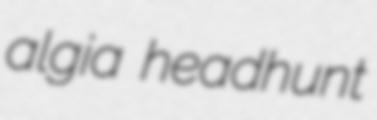
algia headhunt